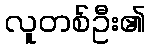
လူတစ်ဦး၏